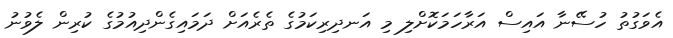
އެވަގުތު ހުސޭނާ އައިސް އަރާހަމަކޮށްލި މި އަނދިރިކަމުގެ ތެރެއަށް ދަމައިގެންދިއުމުގެ ކުރިން ލެވުނު